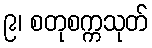
၉၊ စတုစက္ကသုတ်